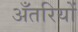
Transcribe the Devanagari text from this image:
अँतरियों